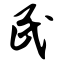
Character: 民